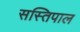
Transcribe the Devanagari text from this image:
सस्तिपाल